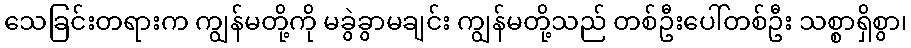
သေခြင်းတရားက ကျွန်မတို့ကို မခွဲခွာမချင်း ကျွန်မတို့သည် တစ်ဦးပေါ်တစ်ဦး သစ္စာရှိစွာ၊